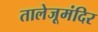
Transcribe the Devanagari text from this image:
तालेजूमंदिर